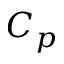
C _ { p }